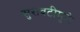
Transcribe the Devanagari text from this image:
सुरावटीमुळे